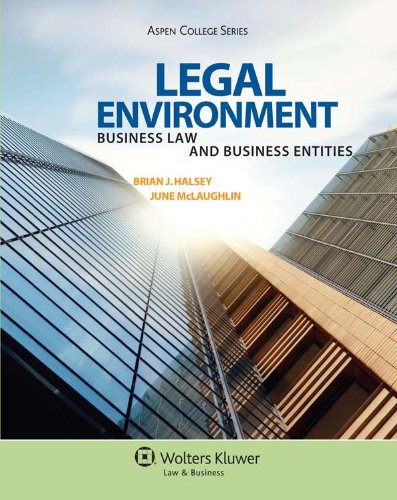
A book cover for Legal Environment: Business Law and Business Entities (Aspen College); Brian J. Halsey; Law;